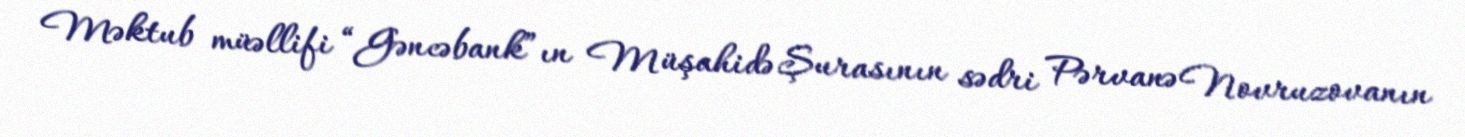
Məktub müəllifi “Gəncəbank”ın Müşahidə Şurasının sədri Pərvanə Novruzovanın